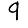
Digit: 9